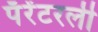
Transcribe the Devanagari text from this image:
पॅरेंटरली